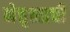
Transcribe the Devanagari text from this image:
नेत्तृत्त्वाची